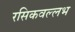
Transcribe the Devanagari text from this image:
रसिकवल्लभ